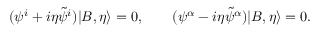
( \psi ^ { i } + i \eta \tilde { \psi } ^ { i } ) | B , \eta \rangle = 0 , \qquad ( \psi ^ { \alpha } - i \eta \tilde { \psi } ^ { \alpha } ) | B , \eta \rangle = 0 .